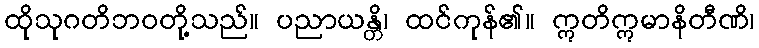
ထိုသုဂတိဘဝတို့သည်။ ပညာယန္တိ၊ ထင်ကုန်၏။ ဣတိဣမာနိတီဏိ၊